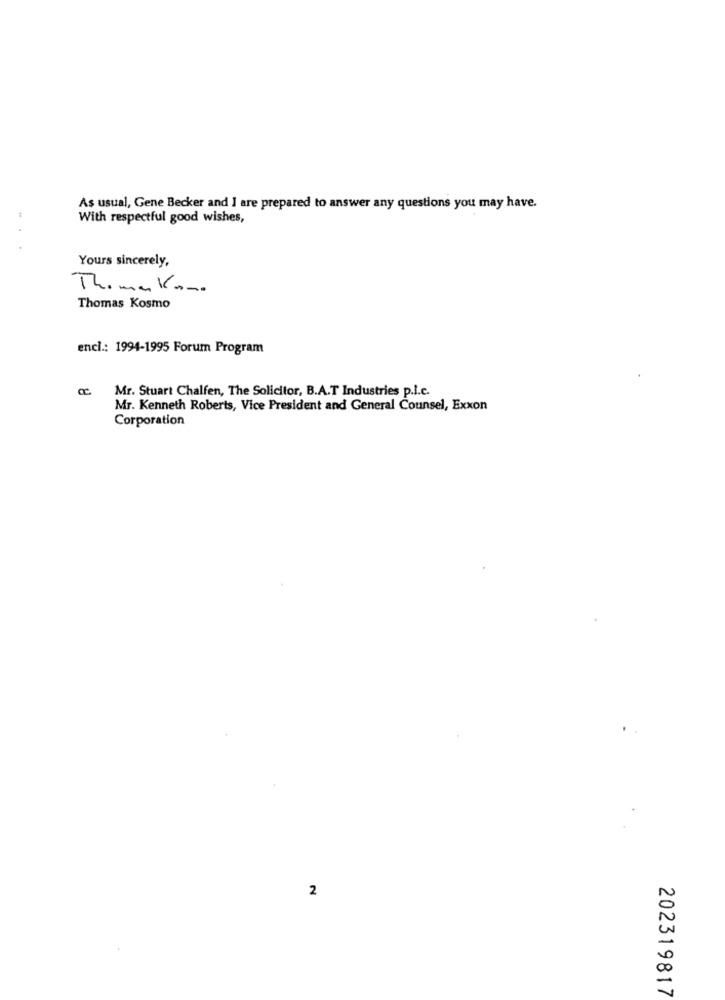
As usual, Gene Becker and I are prepared to answer any questions you may have.
With respectful good wishes,
Yours sincerely,
The man Kam.
Thomas Kosmo
encl .: 1994-1995 Forum Program
Mr. Stuart Chalfen, The Solicitor, B.A.T Industries p.l.c.
Mr. Kenneth Roberts, Vice President and General Counsel, Exxon
Corporation
2
202319817